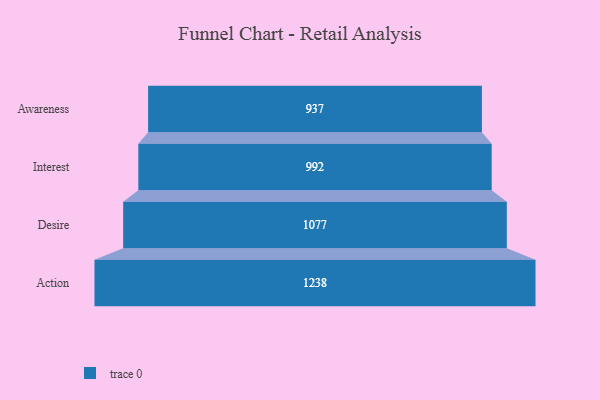
{"axis": {"x": "Stage", "y": "Value"}, "legend": [""], "data": [{"x": "Awareness", "y": 937.0, "type": ""}, {"x": "Interest", "y": 992.0, "type": ""}, {"x": "Desire", "y": 1077.0, "type": ""}, {"x": "Action", "y": 1238.0, "type": ""}]}